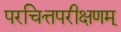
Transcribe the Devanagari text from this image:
परचित्तपरीक्षणम्‌